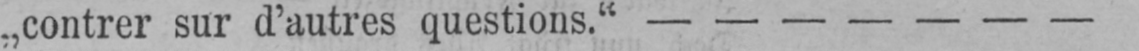
„contrer sur d’autres questions.“ - - - - - - -